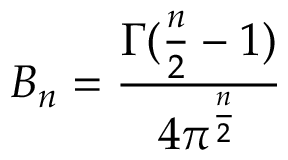
B _ { n } = \frac { \Gamma ( \frac { n } { 2 } - 1 ) } { 4 \pi ^ { \frac { n } { 2 } } }